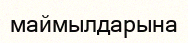
маймылдарына